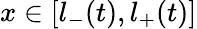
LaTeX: x\in[l_{-}(t),l_{+}(t)]